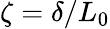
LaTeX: \zeta=\delta/L_{0}